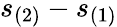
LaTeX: s_{(2)}-s_{(1)}